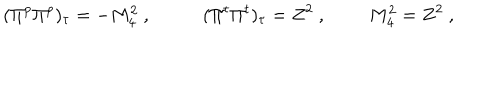
( \Pi ^ { p } \Pi ^ { p } ) _ { \tau } = - M _ { 4 } ^ { 2 } \ , \ \ \ \qquad ( \Pi ^ { t } \Pi ^ { t } ) _ { \tau } = Z ^ { 2 } \ , \ \qquad M _ { 4 } ^ { 2 } = Z ^ { 2 } \ ,